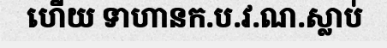
ហើយ ទាហានក.ប.វ.ណ.ស្លាប់